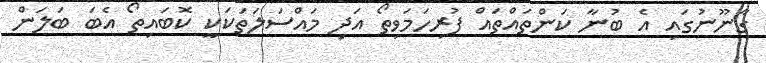
ގާނޫނުގައި އެ ބުނާ ކަންތައްތައް ފުރިހަމަވިތޯ އަދި މައްސަލަތަކަކީ ކޮބައިތޯ އެބަ ބަލަން